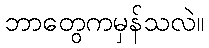
ဘာတွေကမှန်သလဲ။